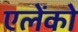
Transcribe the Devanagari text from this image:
एलेंको